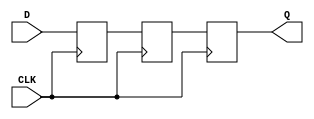
module TwoFF_Metastability_Detector (
    input wire D,       // Asynchronous input signal
    input wire CLK,     // Local clock signal
    output reg Q        // Stable output signal
);

    reg FF1;           // First flip-flop
    reg FF2;           // Second flip-flop

    // First flip-flop: samples the asynchronous signal D
    always @(posedge CLK) begin
        FF1 <= D;      // Capture D on the rising edge of CLK
    end

    // Second flip-flop: samples the output of the first flip-flop
    always @(posedge CLK) begin
        FF2 <= FF1;    // Capture FF1's value on the next rising edge of CLK
    end

    // Output Q is taken from the second flip-flop
    always @(posedge CLK) begin
        Q <= FF2;       // Output stable signal from FF2
    end

endmodule